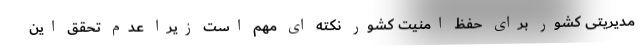
مدیریتی کشور برای حفظ امنیت کشور نکته ای مهم است زیرا عدم تحقق این